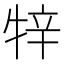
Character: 𤙡